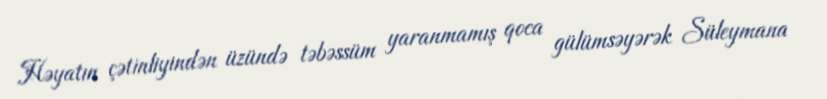
Həyatın çətinliyindən üzündə təbəssüm yaranmamış qoca gülümsəyərək Süleymana